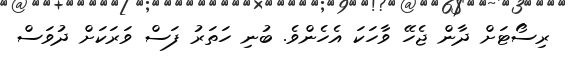
ރިސޯޓަށް ދާން ޖެހޭ ވާހަކަ އެހެންވެ. ބުނި ހަތަރު ފަސް ވަރަކަށް ދުވަސް